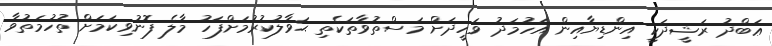
ޢަބްދު ރަޝީދަކީ އިންޑިޔާއިން އަހުމަދު ވަހީދަށް މަސްތުވާތަކެތި ޙަވާލުކުރުމަށްފަހު މާލެ ފޮނުވިކަމަށް ތުހުމަތުވާ